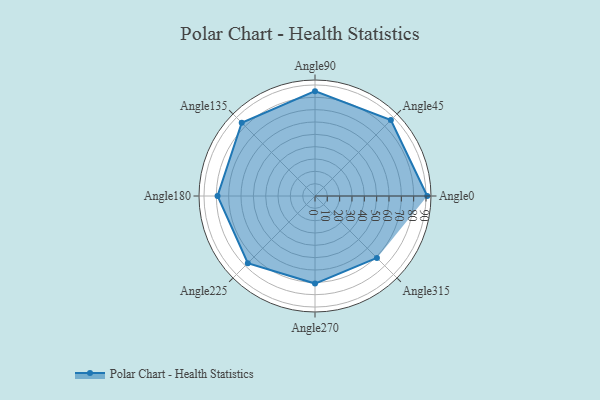
{"axis": {"x": "Angle", "y": "Radius"}, "legend": [""], "data": [{"x": "Angle0", "y": 91.0, "type": ""}, {"x": "Angle45", "y": 87.0, "type": ""}, {"x": "Angle90", "y": 85.0, "type": ""}, {"x": "Angle135", "y": 84.0, "type": ""}, {"x": "Angle180", "y": 79.0, "type": ""}, {"x": "Angle225", "y": 77.0, "type": ""}, {"x": "Angle270", "y": 71.0, "type": ""}, {"x": "Angle315", "y": 71.0, "type": ""}]}